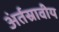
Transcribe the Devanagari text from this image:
अंर्तस्रावीय